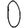
Digit: 0